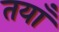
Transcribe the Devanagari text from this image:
तयाँ